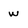
Character: w